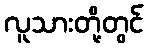
လူသားတို့တွင်